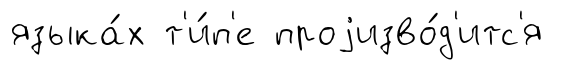
языка́х т'и́п'е проjизво́д'итс'я